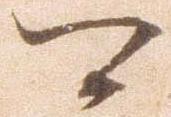
可